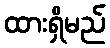
ထားရှိမည်